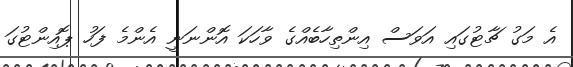
އެ މަގު ޗާޓުގައި އަވަސް އިންތިހާބެއްގެ ވާހަކަ އޮންނަނީ އެންމެ ފަހު ޕޮއިންޓުގަ